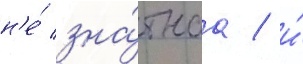
н'е́ зна́тнаа / и́